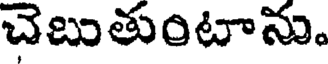
చెబుతుంటాను.